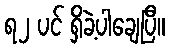
ရ၂ ပင် ရှိခဲ့ပါချေပြီ။